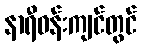
နာရီဝန်းကျင်တွင်